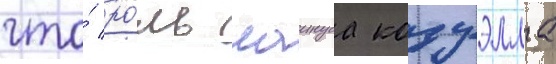
что́ ро́ль лаинуса кодуэлла